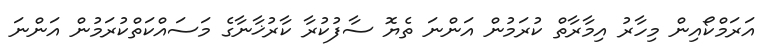
އަރަމްކޯއިން މިހާރު އިމާރާތް ކުރަމުން އަންނަ ތެޔޮ ސާފުކުރާ ކާރުޚާނާގެ މަސައްކަތްކުރަމުން އަންނަ